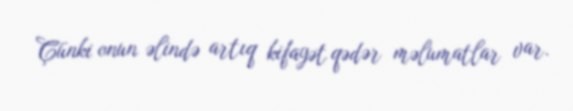
Çünki onun əlində artıq kifayət qədər məlumatlar var.